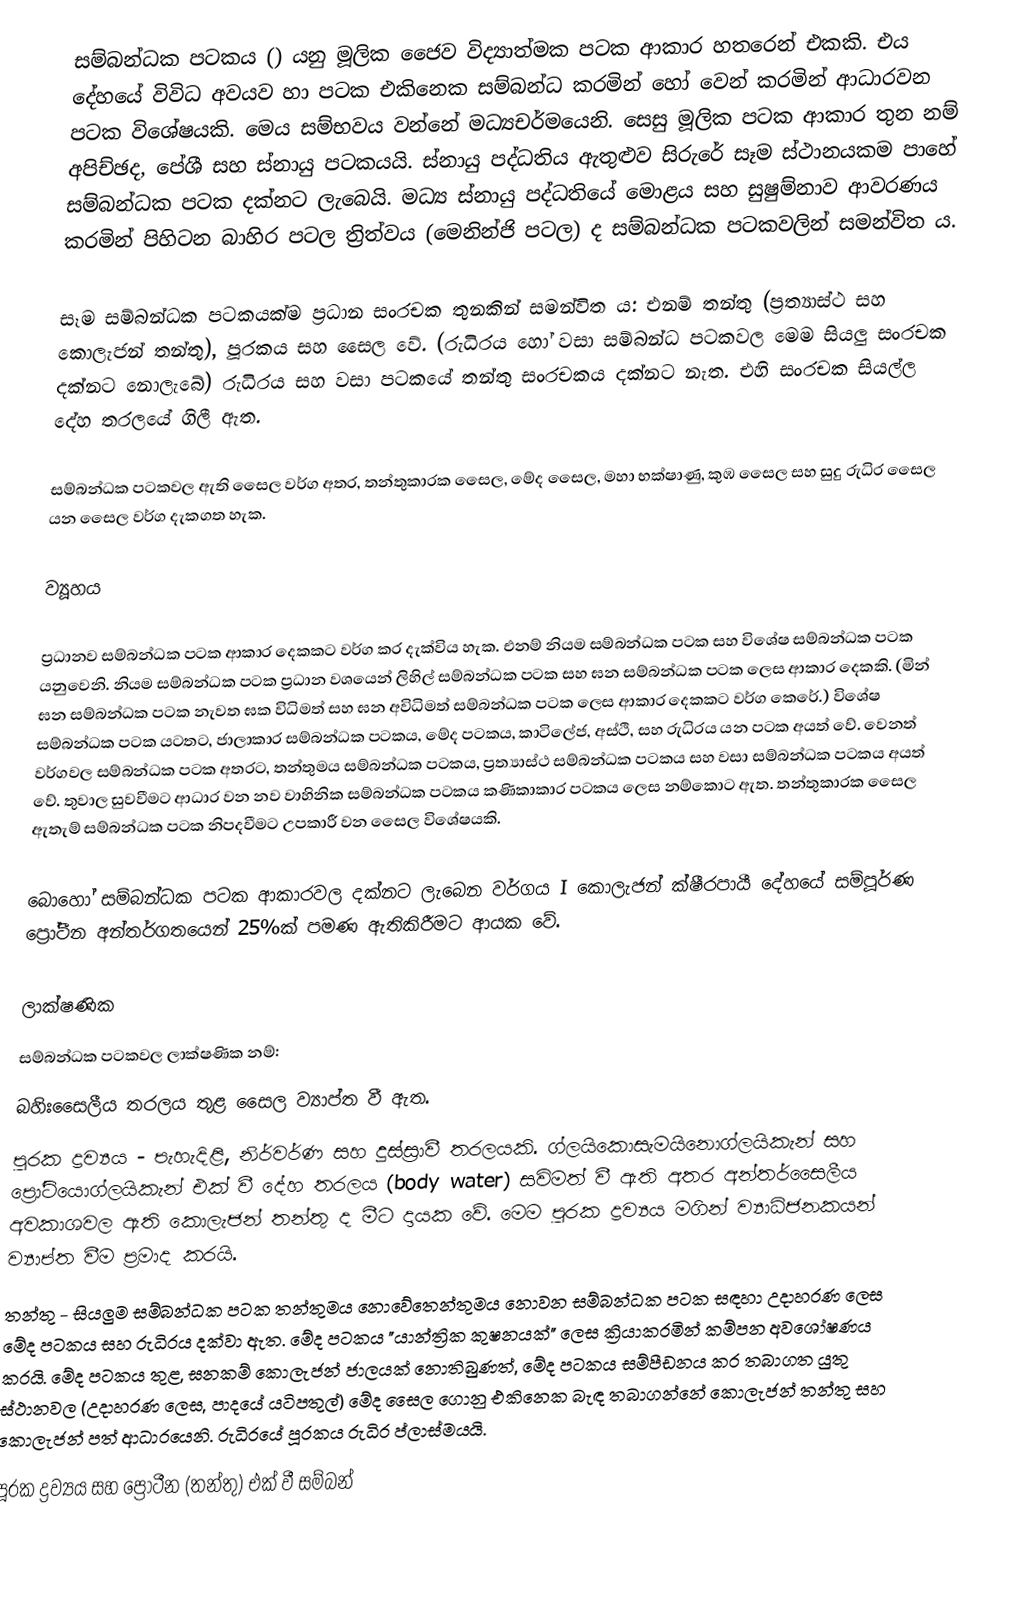
සම්බන්ධක පටකය () යනු මූලික ජෛව විද්‍යාත්මක පටක ආකාර හතරෙන් එකකි. එය දේහයේ විවිධ අවයව හා පටක එකිනෙක සම්බන්ධ කරමින් හෝ වෙන් කරමින් ආධාරවන පටක විශේෂයකි. මෙය සම්භවය වන්නේ මධ්‍යචර්මයෙනි. සෙසු මූලික පටක ආකාර තුන නම් අපිච්ඡද, පේශී සහ ස්නායු පටකයයි. ස්නායු පද්ධතිය ඇතුළුව සිරුරේ සෑම ස්ථානයකම පාහේ සම්බන්ධක පටක දක්නට ලැබෙයි. මධ්‍ය ස්නායු පද්ධතියේ මොළය සහ සුෂුම්නාව ආවරණය කරමින් පිහිටන බාහිර පටල ත්‍රිත්වය (මෙනින්ජි පටල) ද සම්බන්ධක පටකවලින් සමන්විත ය.

සෑම සම්බන්ධක පටකයක්ම ප්‍රධාන සංරචක තුනකින් සමන්විත ය: එනම් තන්තු (ප්‍රත්‍යාස්ථ සහ කොලැජන් තන්තු), පූරකය සහ සෛල වේ. (රුධිරය හෝ වසා සම්බන්ධ පටකවල මෙම සියලු සංරචක දක්නට නොලැබේ) රුධිරය සහ වසා පටකයේ තන්තු සංරචකය දක්නට නැත. එහි සංරචක සියල්ල දේහ තරලයේ ගිලී ඇත.

සම්බන්ධක පටකවල ඇති සෛල වර්ග අතර, තන්තුකාරක සෛල, මේද සෛල, මහා භක්ෂාණු, කුඹ සෛල සහ සුදු රුධිර සෛල යන සෛල වර්ග දැකගත හැක.

ව්‍යූහය

ප්‍රධානව සම්බන්ධක පටක ආකාර දෙකකට වර්ග කර දැක්විය හැක. එනම් නියම සම්බන්ධක පටක සහ විශේෂ සම්බන්ධක පටක යනුවෙනි. නියම සම්බන්ධක පටක ප්‍රධාන වශයෙන් ලිහිල් සම්බන්ධක පටක සහ ඝන සම්බන්ධක පටක ලෙස ආකාර දෙකකි. (මින් ඝන සම්බන්ධක පටක නැවත ඝක විධිමත් සහ ඝන අවිධිමත් සම්බන්ධක පටක ලෙස ආකාර දෙකකට වර්ග කෙරේ.) විශේෂ සම්බන්ධක පටක යටතට, ජාලාකාර සම්බන්ධක පටකය, මේද පටකය, කාටිලේජ, අස්ථි, සහ රුධිරය යන පටක අයත් වේ. වෙනත් වර්ගවල සම්බන්ධක පටක අතරට, තන්තුමය සම්බන්ධක පටකය, ප්‍රත්‍යාස්ථ සම්බන්ධක පටකය සහ වසා සම්බන්ධක පටකය අයත් වේ. තුවාල සුවවීමට ආධාර වන නව වාහිනික සම්බන්ධක පටකය කණිකාකාර පටකය ලෙස නම්කොට ඇත. තන්තුකාරක සෛල ඇතැම් සම්බන්ධක පටක නිපදවීමට උපකාරී වන සෛල විශේෂයකි.

බොහෝ සම්බන්ධක පටක ආකාරවල දක්නට ලැබෙන වර්ගය I කොලැජන් ක්ෂීරපායී දේහයේ සම්පූර්ණ ප්‍රෝටීන අන්තර්ගතයෙන් 25%ක් පමණ ඇතිකිරීමට ආයක වේ.

ලාක්ෂණික
සම්බන්ධක පටකවල ලාක්ෂණික නම්:
 බහිඃසෛලීය තරලය තුළ සෛල ව්‍යාප්ත වී ඇත.
 පූරක ද්‍රව්‍යය - පැහැදිළි, නිර්වර්ණ සහ දුස්ස්‍රාවී තරලයකි. ග්ලයිකොසැමයිනොග්ලයිකැන් සහ ප්‍රෝටියොග්ලයිකැන් එක් වී දේහ තරලය (body water) සවිමත් වී ඇති අතර අන්තර්සෛලීය අවකාශවල ඇති කොලැජන් තන්තු ද මීට දායක වේ. මෙම පූරක ද්‍රව්‍යය මගින් ව්‍යාධිජනකයන් ව්‍යාප්ත වීම ප්‍රමාද කරයි.
 තන්තු - සියලුම සම්බන්ධක පටක තන්තුමය නොවේතෙන්තුමය නොවන සම්බන්ධක පටක සඳහා උදාහරණ ලෙස මේද පටකය සහ රුධිරය දක්වා ඇත. මේද පටකය "යාන්ත්‍රික කුෂනයක්" ලෙස ක්‍රියාකරමින් කම්පන අවශෝෂණය කරයි. මේද පටකය තුළ, ඝනකම් කොලැජන් ජාලයක් නොතිබුණත්, මේද පටකය සම්පීඩනය කර තබාගත යුතු ස්ථානවල (උදාහරණ ලෙස, පාදයේ යටිපතුල්) මේද සෛල ගොනු එකිනෙක බැඳ තබාගන්නේ කොලැජන් තන්තු සහ කොලැජන් පත් ආධාරයෙනි. රුධිරයේ පූරකය රුධිර ප්ලාස්මයයි.
 පූරක ද්‍රව්‍යය සහ ප්‍රෝටීන (තන්තු) එක් වී සම්බන්